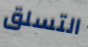
التسلق